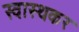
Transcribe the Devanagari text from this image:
स्वास्थकर